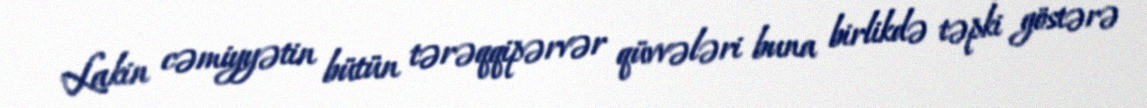
Lakin cəmiyyətin bütün tərəqqipərvər qüvvələri buna birlikdə təpki göstərə